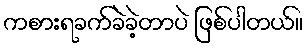
ကစားရခက်ခဲခဲ့တာပဲ ဖြစ်ပါတယ်။